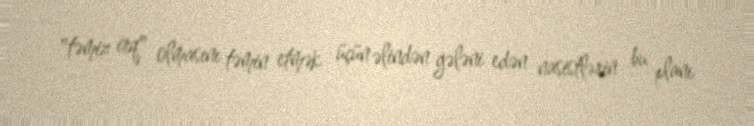
"təmiz irq" olmasını təmin etmək üçün əlindən gələni edən nasistlərin bu planı